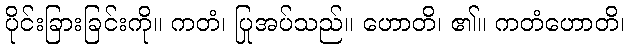
ပိုင်းခြားခြင်းကို။ ကတံ၊ ပြုအပ်သည်။ ဟောတိ၊ ၏။ ကတံဟောတိ၊